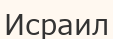
Исраил